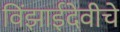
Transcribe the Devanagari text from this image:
विंझाईदेवीचे